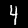
Digit: 4